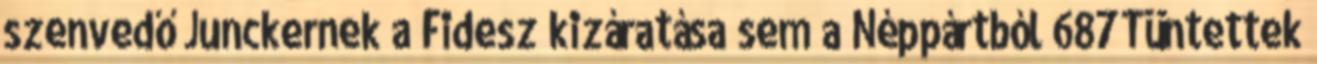
szenvedő Junckernek a Fidesz kizáratása sem a Néppártból 687Tüntettek